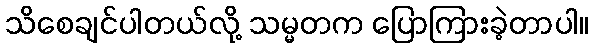
သိစေချင်ပါတယ်လို့ သမ္မတက ပြောကြားခဲ့တာပါ။